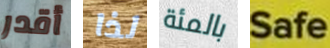
أقدر لذا بالمئة Safe